Indian journal of veterinary science and animal husbandry - Volume 7,
Year: 1937
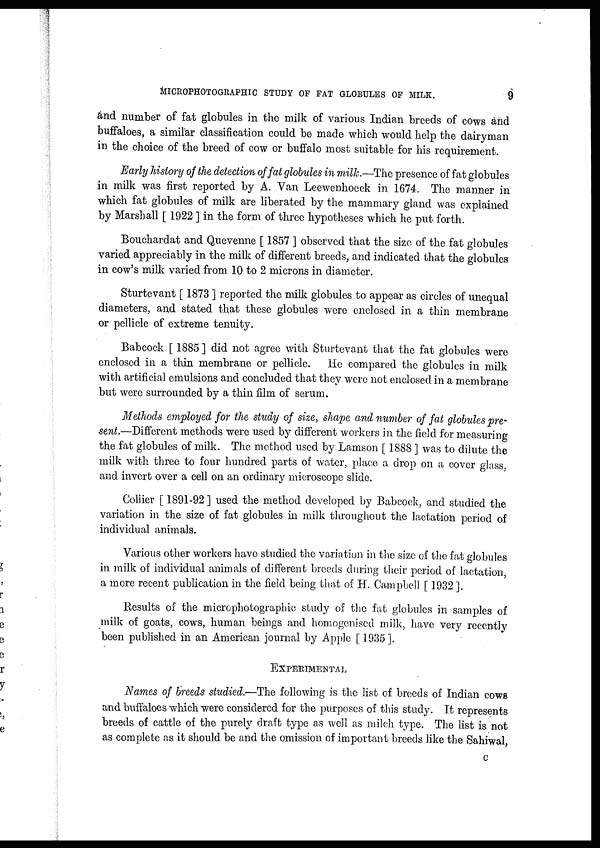
MICROPHOTOGRAPHIC STUDY OF FAT GLOBULES OF MILK.
9
and number of fat globules in the milk of various Indian breeds of cows and
buffaloes, a similar classification could be made which would help the dairyman
in the choice of the breed of cow or buffalo most suitable for his requirement.
Early history of the detection of fat globules in milk.—The presence of fat globules
in milk was first reported by A. Van Leewenhocck in 1674. The manner in
which fat globules of milk are liberated by the mammary gland was explained
by Marshall [ 1922 ] in the form of three hypotheses which he put forth.
Bouchardat and Quevenne [ 1857 ] observed that the size of the fat globules
varied appreciably in the milk of different breeds, and indicated that the globules
in cow's milk varied from 10 to 2 microns in diameter.
Sturtevant [ 1873 ] reported the milk globules to appear as circles of unequal
diameters, and stated that these globules were enclosed in a thin membrane
or pellicle of extreme tenuity.
Babcock [ 1885 ] did not agree with Sturtevant that the fat globules were
enclosed in a thin membrane or pellicle. He compared the globules in milk
with artificial emulsions and concluded that they were not enclosed in a membrane
but were surrounded by a thin film of serum.
Methods employed for the study of size, shape and number of fat globules pre-
sent.—Different methods were used by different workers in the field for measuring
the fat globules of milk. The method used by Lamson [ 1888 ] was to dilute the
milk with three to four hundred parts of water, place a drop on a cover glass,
and invert over a cell on an ordinary microscope slide.
Collier [ 1891-92 ] used the method developed by Babcock, and studied the
variation in the size of fat globules in milk throughout the lactation period of
individual animals.
Various other workers have studied the variation in the size of the fat globules
in milk of individual animals of different breeds during their period of lactation,
a more recent publication in the field being that of H. Campbell [ 1932 ].
Results of the microphotographic study of the fat globules in samples of
milk of goats, cows, human beings and homogenised milk, have very recently
been published in an American journal by Apple [ 1935].
EXPERIMENTAL
Names of breeds studied.—The following is the list of breeds of Indian cows
and buffaloes which were considered for the purposes of this study. It represents
breeds of cattle of the purely draft type as well as milch type. The list is not
as complete as it should be and the omission of important breeds like the Sahiwal,
C